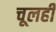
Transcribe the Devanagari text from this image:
चूलही